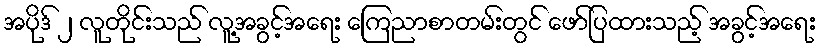
အပိုဒ် ၂ လူတိုင်းသည် လူ့အခွင့်အရေး ကြေညာစာတမ်းတွင် ဖော်ပြထားသည့် အခွင့်အရေး